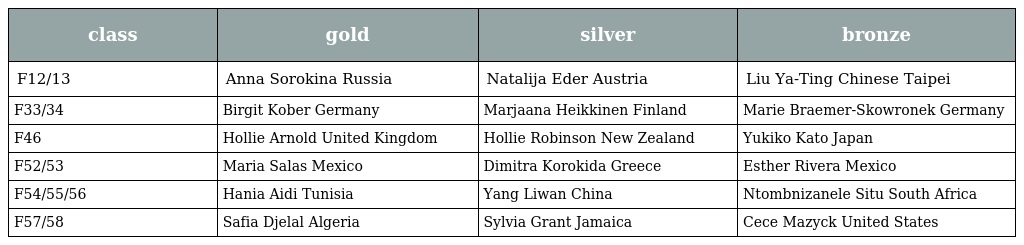
| class | gold | silver | bronze |
 | --- | --- | --- | --- |
 | F12/13 | Anna Sorokina Russia | Natalija Eder Austria | Liu Ya-Ting Chinese Taipei |
 | F33/34 | Birgit Kober Germany | Marjaana Heikkinen Finland | Marie Braemer-Skowronek Germany |
 | F46 | Hollie Arnold United Kingdom | Hollie Robinson New Zealand | Yukiko Kato Japan |
 | F52/53 | Maria Salas Mexico | Dimitra Korokida Greece | Esther Rivera Mexico |
 | F54/55/56 | Hania Aidi Tunisia | Yang Liwan China | Ntombnizanele Situ South Africa |
 | F57/58 | Safia Djelal Algeria | Sylvia Grant Jamaica | Cece Mazyck United States |